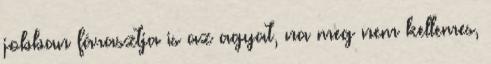
jobban fárasztja is az agyat, na meg nem kellemes,